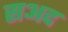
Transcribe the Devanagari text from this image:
सअद